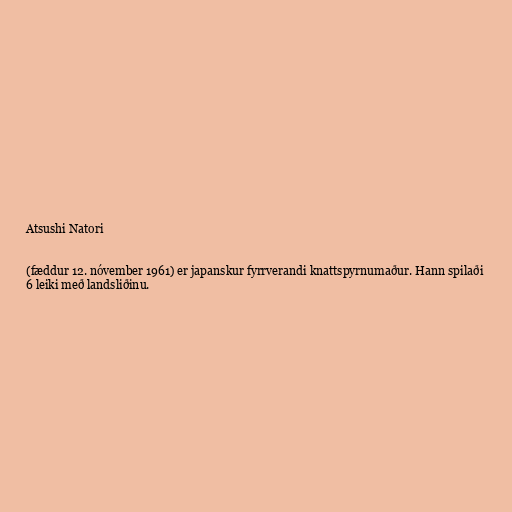
Atsushi Natori

(fæddur 12. nóvember 1961) er japanskur fyrrverandi knattspyrnumaður. Hann spilaði
6 leiki með landsliðinu.